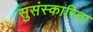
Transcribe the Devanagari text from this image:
सुसंस्कारिता